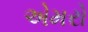
એમરો